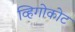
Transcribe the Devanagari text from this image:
व्हिगोकोट